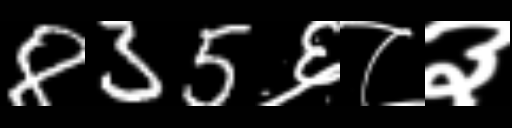
Text: 835६८३